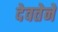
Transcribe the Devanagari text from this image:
देवतेने